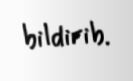
bildirib.